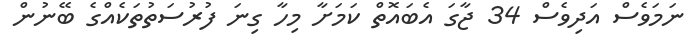
ނަމަވެސް އަދިވެސް 34 ޖާގަ އެބައޮތް ކަމަށާ މިހާ ގިނަ ފުރުސަތުތަކެއްގެ ބޭނުން